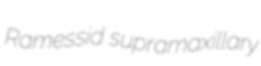
Ramessid supramaxillary